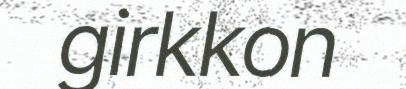
girkkon